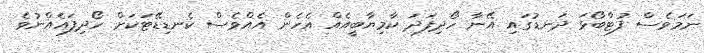
ނަމަވެސް ފުޓްބޯޅަ ދަނޑުގައި އޭނާ ހޯދިފަދަ ކާމިޔާބީއެއް އެހެން އެއްވެސް ކެނޑިޑޭޓަކަށް ހޯދިފައެއްނުވެ